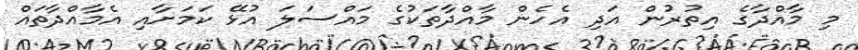
މި މާއްދާގެ އިތުރުން އަދި އެހެން މާއްދާތަކުގެ މައްސަލަ އުޅޭ ކަމަށާއި އެމާއްދާތައް